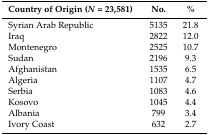
<table><thead><tr><td><b>Country of Origin (<i>N</i> = 23,581)</b></td><td><b>No.</b></td><td><b>%</b></td></tr></thead><tbody><tr><td>Syrian Arab Republic</td><td>5135</td><td>21.8</td></tr><tr><td>Iraq</td><td>2822</td><td>12.0</td></tr><tr><td>Montenegro</td><td>2525</td><td>10.7</td></tr><tr><td>Sudan</td><td>2196</td><td>9.3</td></tr><tr><td>Afghanistan</td><td>1535</td><td>6.5</td></tr><tr><td>Algeria</td><td>1107</td><td>4.7</td></tr><tr><td>Serbia</td><td>1083</td><td>4.6</td></tr><tr><td>Kosovo</td><td>1045</td><td>4.4</td></tr><tr><td>Albania</td><td>799</td><td>3.4</td></tr><tr><td>Ivory Coast</td><td>632</td><td>2.7</td></tr></tbody></table>